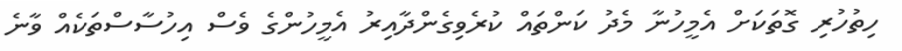
ހިތުހުރި ގޮތަކަށް އެމީހުނާ މެދު ކަންތައް ކުރެވިގެންދާއިރު އެމީހުންގެ ވެސް އިހުސާސްތަކެއް ވާނެ